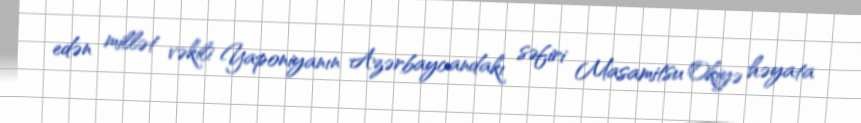
edən millət vəkili Yaponiyanın Azərbaycandakı səfiri Masamitsu Okiyə həyata